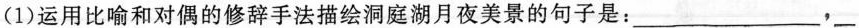
(1)运用比喻和对偶的修辞手法描绘洞庭湖月夜美景的句子是：______，___